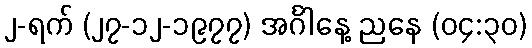
၂-ရက် (၂၇-၁၂-၁၉၇၇) အင်္ဂါနေ့ ညနေ (၀၄:၃၀)